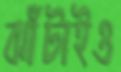
ঝাঁটাইও